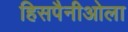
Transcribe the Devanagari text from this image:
हिसपैनीओला